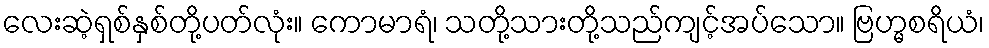
လေးဆဲ့ရှစ်နှစ်တို့ပတ်လုံး။ ကောမာရံ၊ သတို့သားတို့သည်ကျင့်အပ်သော။ ဗြဟ္မစရိယံ၊